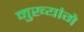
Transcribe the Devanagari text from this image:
मुख्यांगे